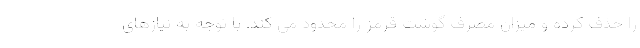
را حذف کرده و میزان مصرف گوشت قرمز را محدود می کند. با توجه به نیازهای